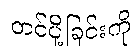
တင်ပို့ခြင်းကို